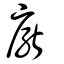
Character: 猒